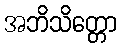
အဘိသိတ္တော